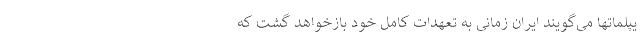
یپلماتها می‌گویند ایران زمانی به تعهدات کامل خود بازخواهد گشت که